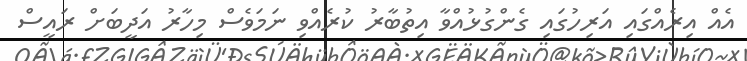
އެއް އިރެއްގައި އަރިހުގައި ގެންގުޅުއްވާ އިތުބާރު ކުރެއްވި ނަމަވެސް މިހާރު އަދީބަށް ރައީސް